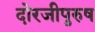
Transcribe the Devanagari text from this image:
दोरजीपुरुष